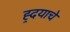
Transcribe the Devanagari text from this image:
ह्र्दयाचे